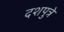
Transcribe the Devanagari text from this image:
दशपुत्रे